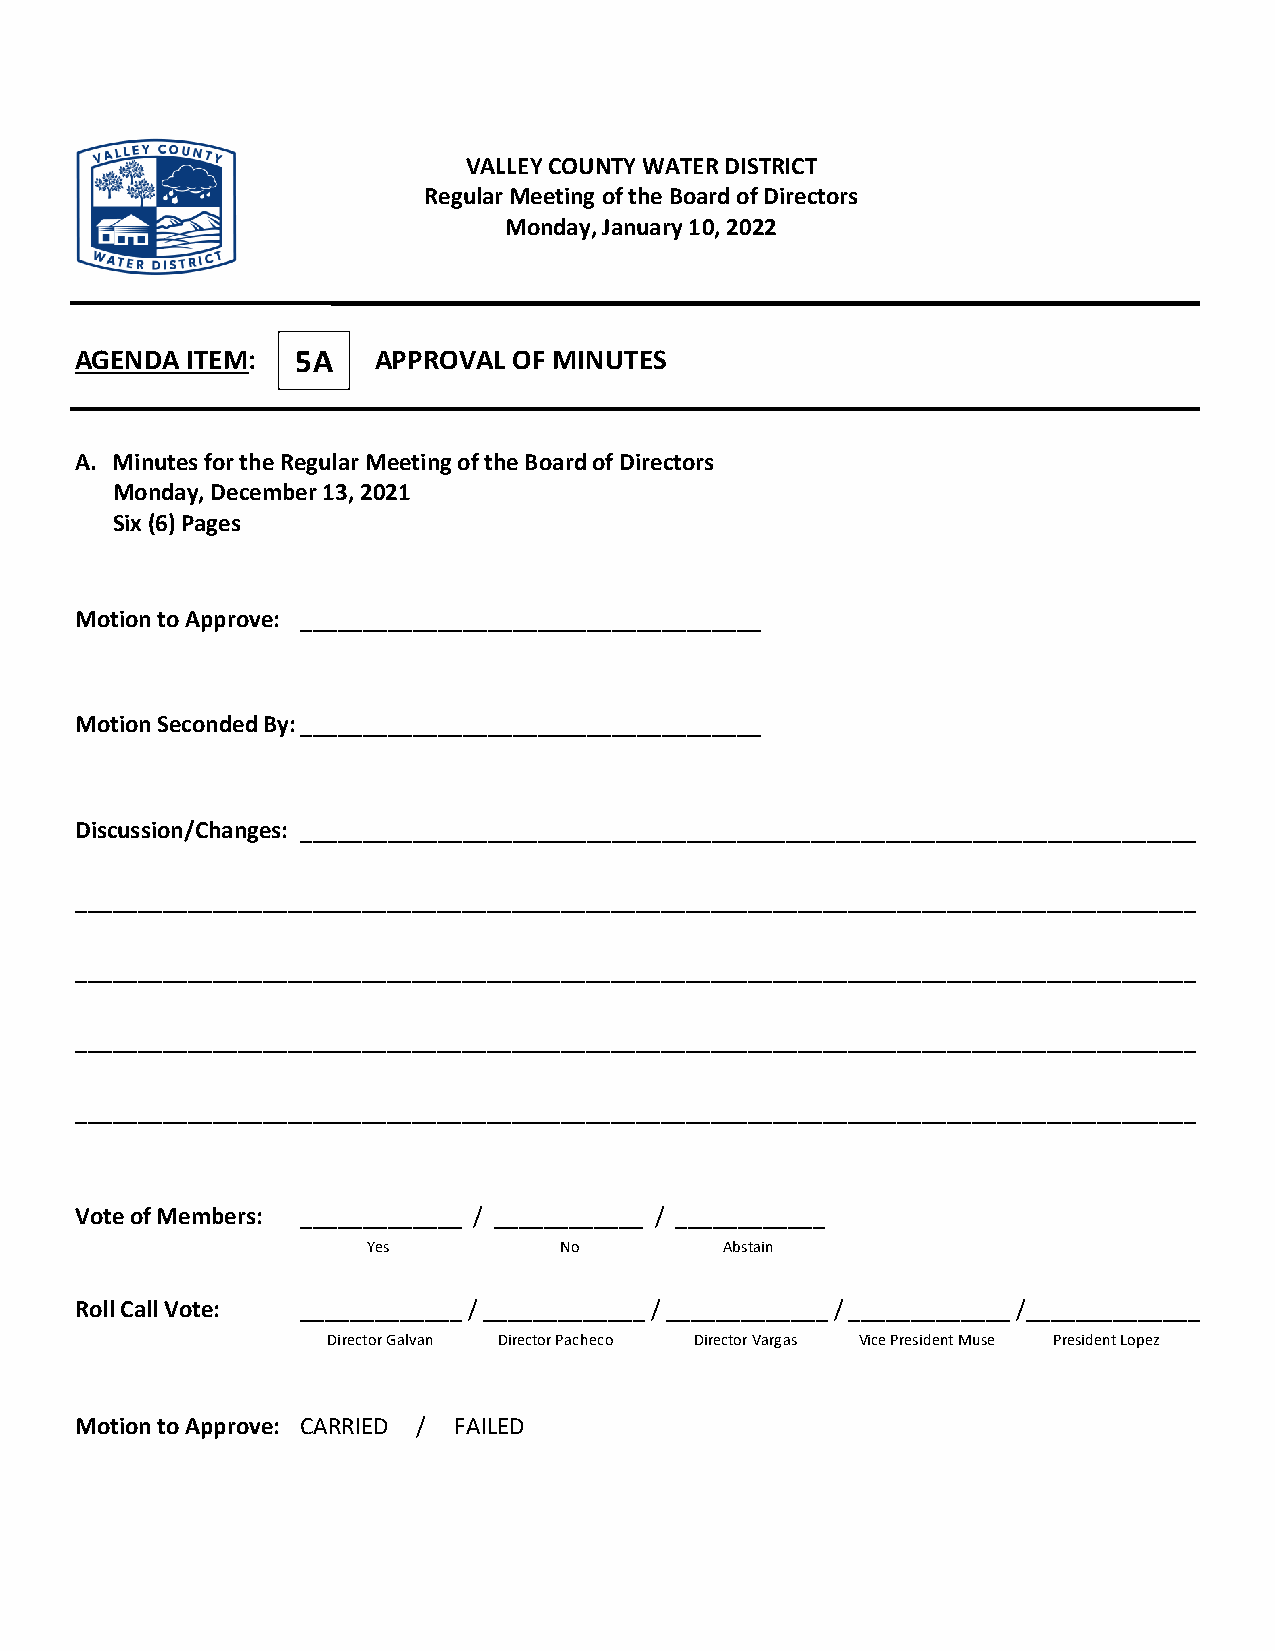
VALLEY COUNTY WATER DISTRICT
 Regular Meeting of the Board of Directors
 Monday, January 10, 2022
 AGENDA ITEM:   5A   APPROVAL OF MINUTES
 A. Minutes for the Regular Meeting of the Board of Directors
 Monday, December 13, 2021
 Six (6) Pages
 Motion to Approve: _____________________________________
 Motion Seconded By: _____________________________________
 Discussion/Changes: ________________________________________________________________________
 __________________________________________________________________________________________
 __________________________________________________________________________________________
 __________________________________________________________________________________________
 __________________________________________________________________________________________
 Vote of Members: _____________ / ____________ / ____________
 Yes          No         Abstain
 Roll Call Vote: _____________ / _____________ / _____________ / _____________ /______________
 Director Galvan Director Pacheco Director Vargas Vice President Muse President Lopez
 Motion to Approve: CARRIED / FAILED